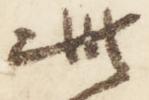
此